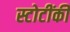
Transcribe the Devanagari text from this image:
स्टोटींकी